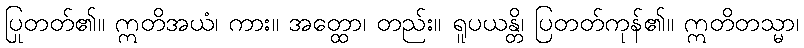
ပြုတတ်၏။ ဣတိအယံ၊ ကား။ အတ္ထော၊ တည်း။ ရူပယန္တိ၊ ပြတတ်ကုန်၏။ ဣတိတသ္မာ၊